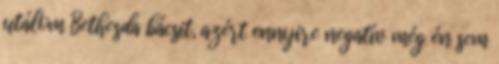
utálom Bethesda bácsit, azért ennyire negatív még én sem